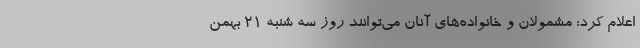
اعلام کرد: مشمولان و خانواده‌های آنان می‌توانند روز سه شنبه ۲۱ بهمن